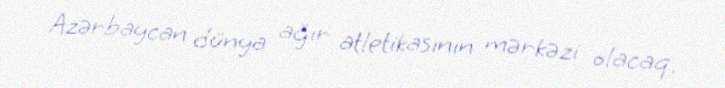
Azərbaycan dünya ağır atletikasının mərkəzi olacaq.